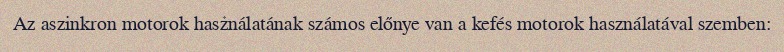
Az aszinkron motorok használatának számos előnye van a kefés motorok használatával szemben: